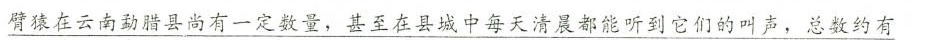
\underline{臂在云南勐腊县尚有一定数量，甚至在县城中每天清晨都能听到它们的叫声，总数约有}